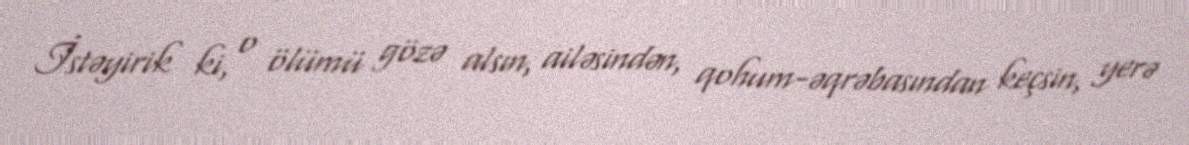
İstəyirik ki, o ölümü gözə alsın, ailəsindən, qohum-əqrəbasından keçsin, yerə